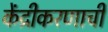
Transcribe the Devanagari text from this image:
केंद्रीकरणाची